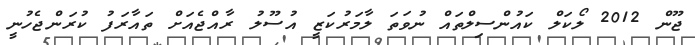
ޖޫން 2012 ލޯކަލް ކައުންސިލްތައް ނުވަތަ ލާމަރުކަޒީ އުސޫލު ރާއްޖެއަށް ތައާރަފު ކުރަންޖެހުނީ